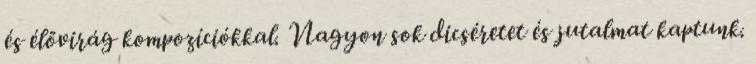
és élővirág kompozíciókkal. Nagyon sok dicséretet és jutalmat kaptunk.